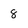
Character: 8